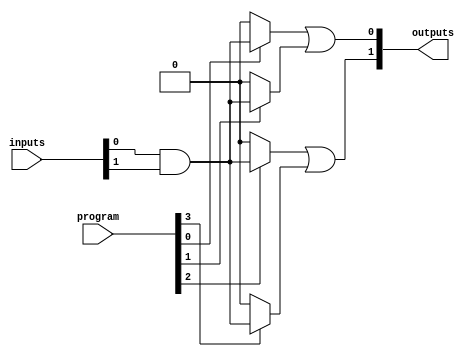
module programmable_pal #(
    parameter NUM_INPUTS = 4,   // Number of inputs
    parameter NUM_AND_GATES = 4, // Number of programmable AND gates
    parameter NUM_OUTPUTS = 2    // Number of outputs
)(
    input wire [NUM_INPUTS-1:0] inputs, // Input signals
    input wire [NUM_AND_GATES-1:0] program, // Programming signals
    output wire [NUM_OUTPUTS-1:0] outputs // Output signals
);

// Internal signals for the AND gate outputs
wire [NUM_AND_GATES-1:0] and_outputs;

// Programmable AND array
genvar i;
generate
    for (i = 0; i < NUM_AND_GATES; i = i + 1) begin : and_gate
        assign and_outputs[i] = program[i] ? (inputs[0] & inputs[1]) : 1'b0; // Example logic
        // You can modify the logic based on the specific programming needed
    end
endgenerate

// Fixed OR array
assign outputs[0] = and_outputs[0] | and_outputs[1]; // Example OR logic for output 0
assign outputs[1] = and_outputs[2] | and_outputs[3]; // Example OR logic for output 1

endmodule